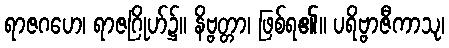
ရာဇဂဟေ၊ ရာဇဂြိုဟ်၌။ နိဗ္ဗတ္တာ၊ ဖြစ်ရ၏။ ပရိဗ္ဗာဇီကာသု၊